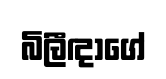
බිලීඳාගේ